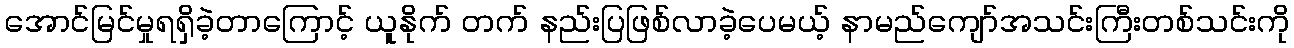
အောင်မြင်မှုရရှိခဲ့တာကြောင့် ယူနိုက် တက် နည်းပြဖြစ်လာခဲ့ပေမယ့် နာမည်ကျော်အသင်းကြီးတစ်သင်းကို